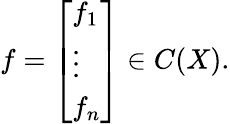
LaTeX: f={\left[\begin{array}{l}{f_{1}}\\ {\vdots}\\ {f_{n}}\end{array}\right]}\in C(X).